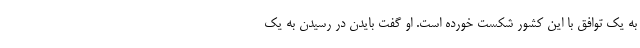
به یک توافق با این کشور شکست خورده است. او گفت بایدن در رسیدن به یک